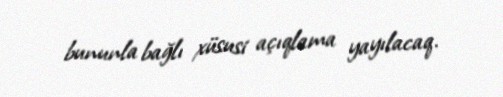
bununla bağlı xüsusi açıqlama yayılacaq.